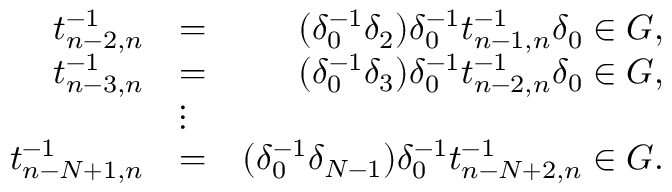
\begin{array} { r l r } { t _ { n - 2 , n } ^ { - 1 } } & { = } & { ( \delta _ { 0 } ^ { - 1 } \delta _ { 2 } ) \delta _ { 0 } ^ { - 1 } t _ { n - 1 , n } ^ { - 1 } \delta _ { 0 } \in G , } \\ { t _ { n - 3 , n } ^ { - 1 } } & { = } & { ( \delta _ { 0 } ^ { - 1 } \delta _ { 3 } ) \delta _ { 0 } ^ { - 1 } t _ { n - 2 , n } ^ { - 1 } \delta _ { 0 } \in G , } \\ & { \vdots } & \\ { t _ { n - N + 1 , n } ^ { - 1 } } & { = } & { ( \delta _ { 0 } ^ { - 1 } \delta _ { N - 1 } ) \delta _ { 0 } ^ { - 1 } t _ { n - N + 2 , n } ^ { - 1 } \in G . } \end{array}